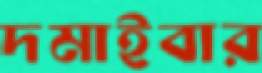
দমাইবার